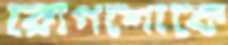
রোগশোকে